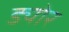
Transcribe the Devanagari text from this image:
ड्योर